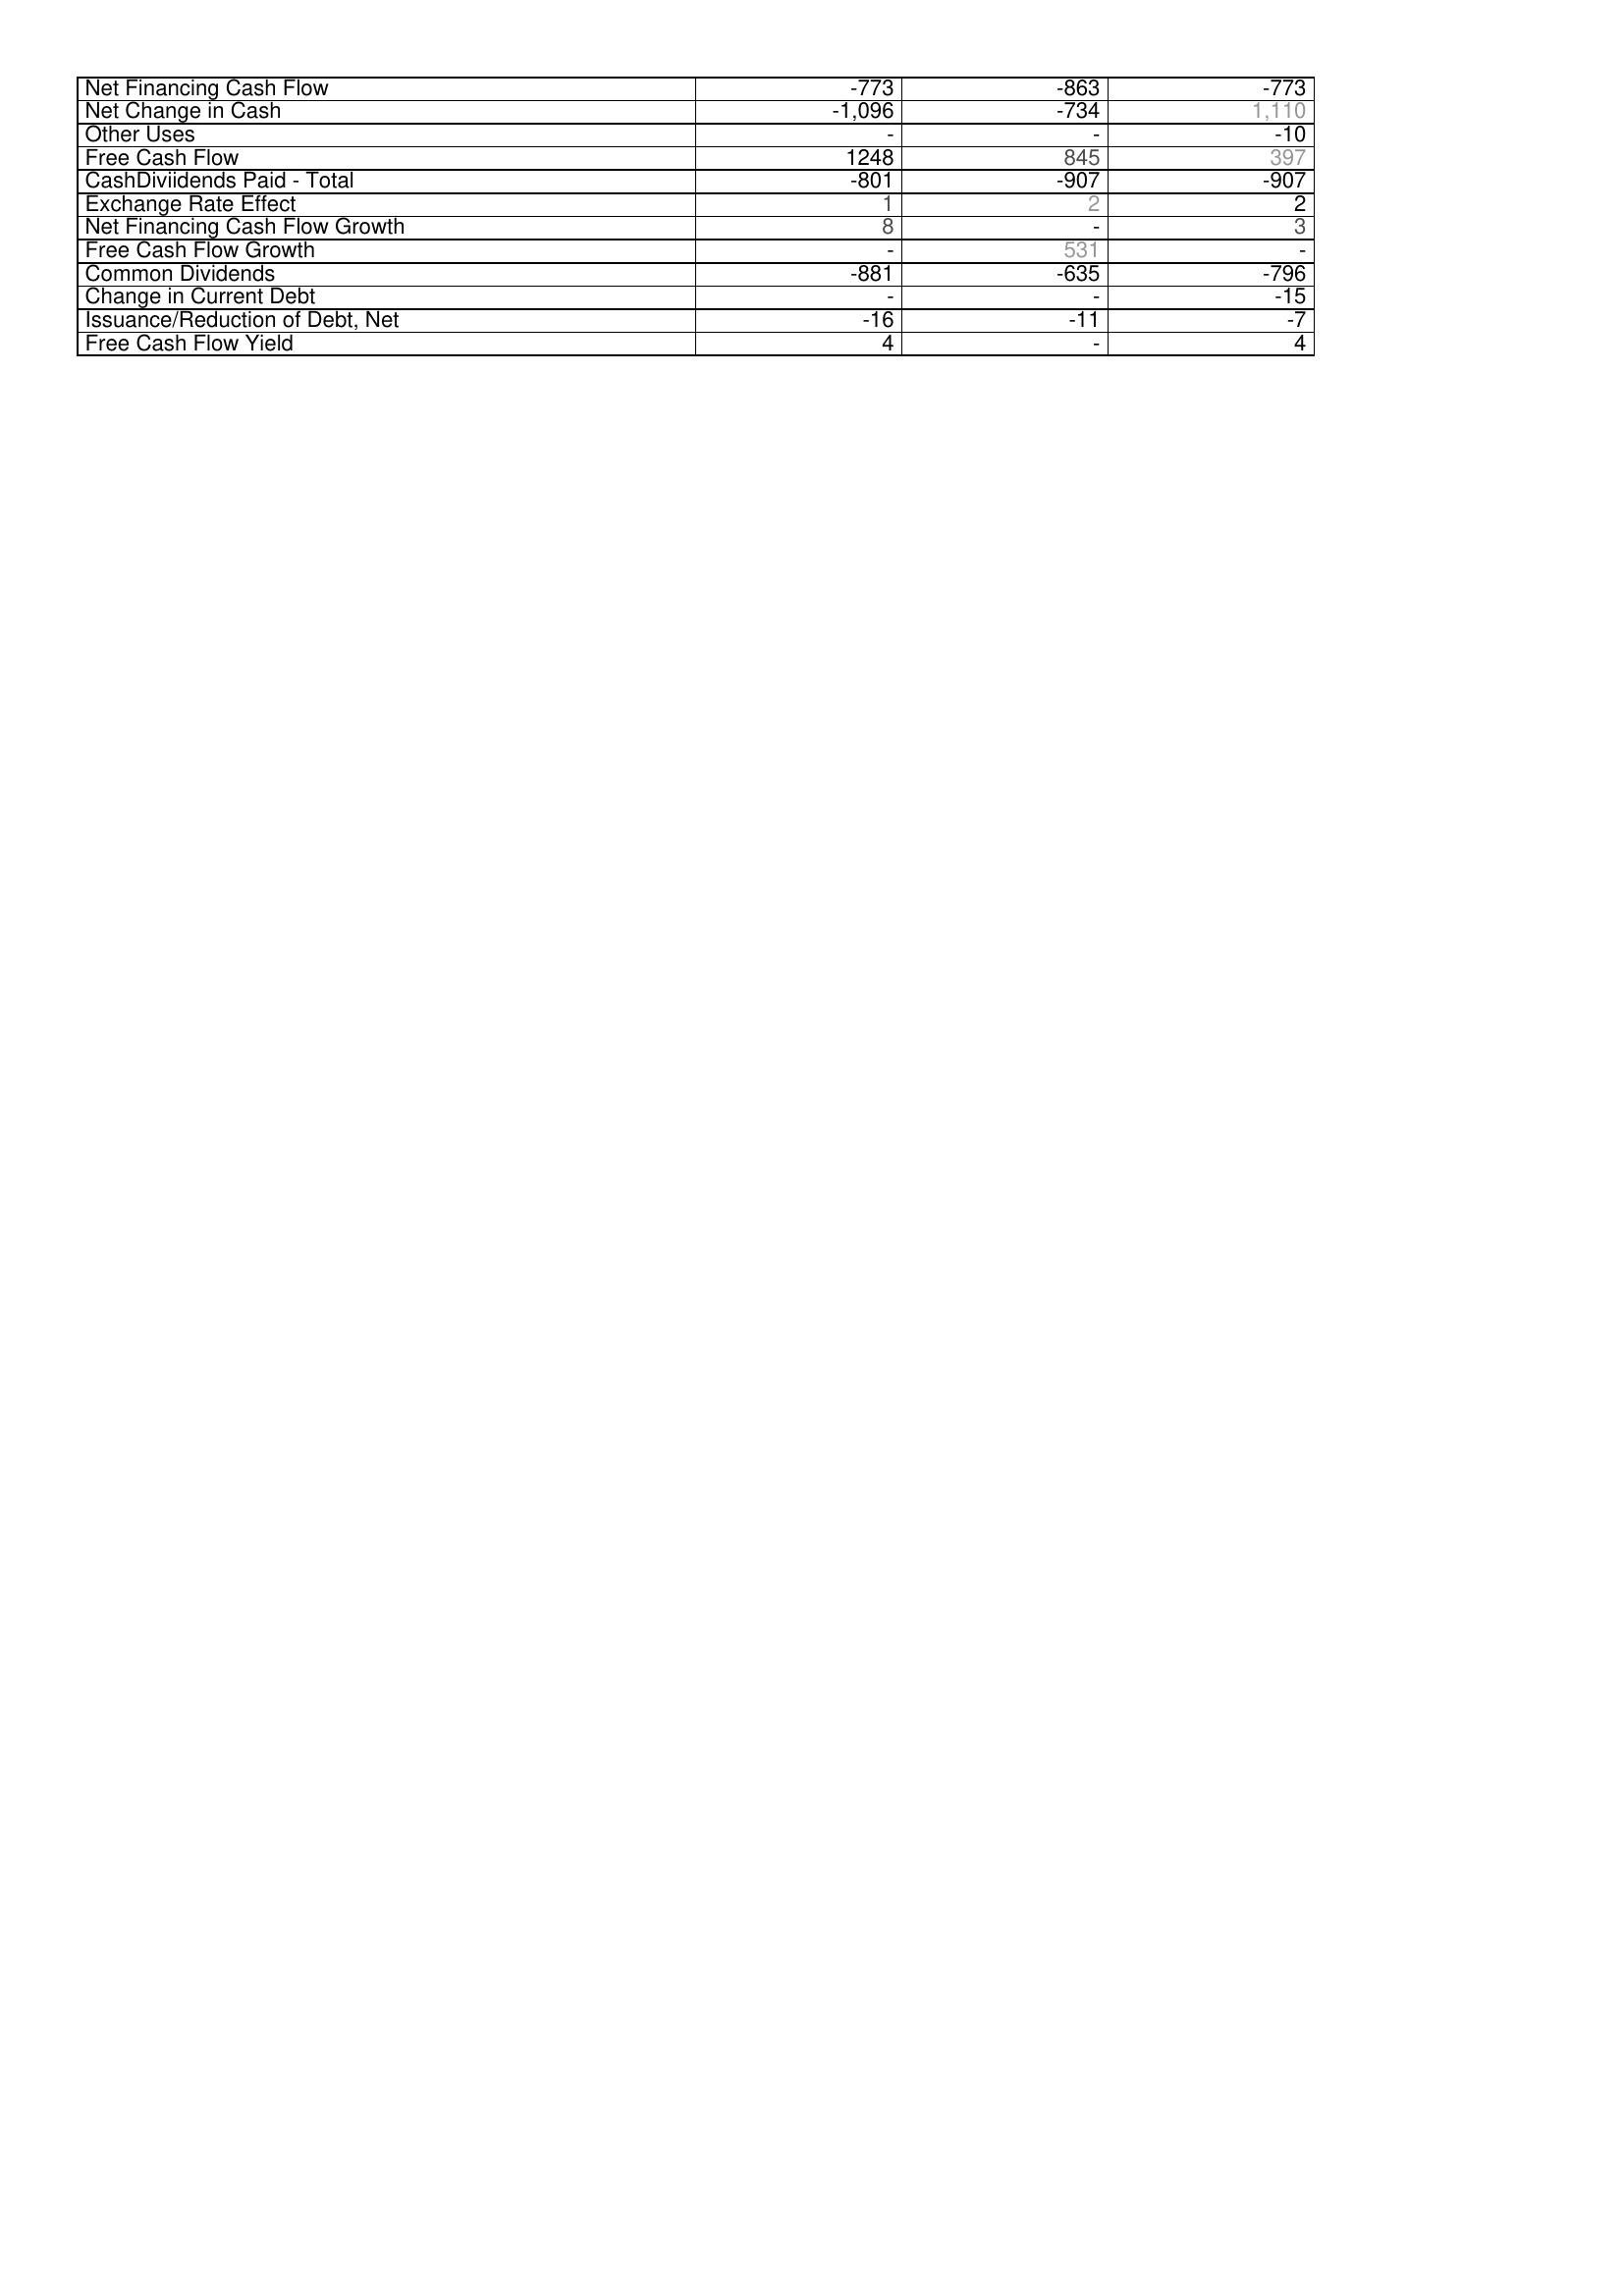
2011: Financing Activities: Net Financing Cash Flow: -773
Net Change in Cash: -1,096
Other Uses: -
Free Cash Flow: 1248
CashDiviidends Paid - Total: -801
Exchange Rate Effect: 1
Net Financing Cash Flow Growth: 8
Free Cash Flow Growth: -
Common Dividends: -881
Change in Current Debt: -
Issuance/Reduction of Debt, Net: -16
Free Cash Flow Yield: 4
2010: Financing Activities: Net Financing Cash Flow: -863
Net Change in Cash: -734
Other Uses: -
Free Cash Flow: 845
CashDiviidends Paid - Total: -907
Exchange Rate Effect: 2
Net Financing Cash Flow Growth: -
Free Cash Flow Growth: 531
Common Dividends: -635
Change in Current Debt: -
Issuance/Reduction of Debt, Net: -11
Free Cash Flow Yield: -
2009: Financing Activities: Net Financing Cash Flow: -773
Net Change in Cash: 1,110
Other Uses: -10
Free Cash Flow: 397
CashDiviidends Paid - Total: -907
Exchange Rate Effect: 2
Net Financing Cash Flow Growth: 3
Free Cash Flow Growth: -
Common Dividends: -796
Change in Current Debt: -15
Issuance/Reduction of Debt, Net: -7
Free Cash Flow Yield: 4